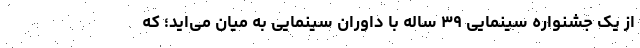
از یک جشنواره سینمایی ۳۹ ساله با داوران سینمایی به میان می‌اید؛ که